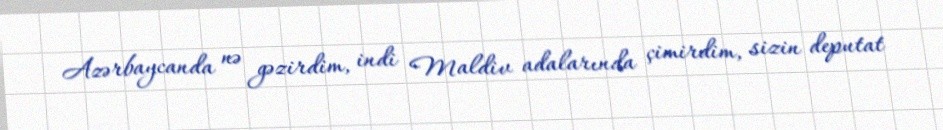
Azərbaycanda nə gəzirdim, indi Maldiv adalarında çimirdim, sizin deputat